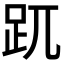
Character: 𧿁